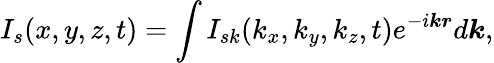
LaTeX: I_{s}(x,y,z,t)=\int I_{sk}(k_{x},k_{y},k_{z},t)e^{-i\boldsymbol{kr}}d\boldsymbol{k},